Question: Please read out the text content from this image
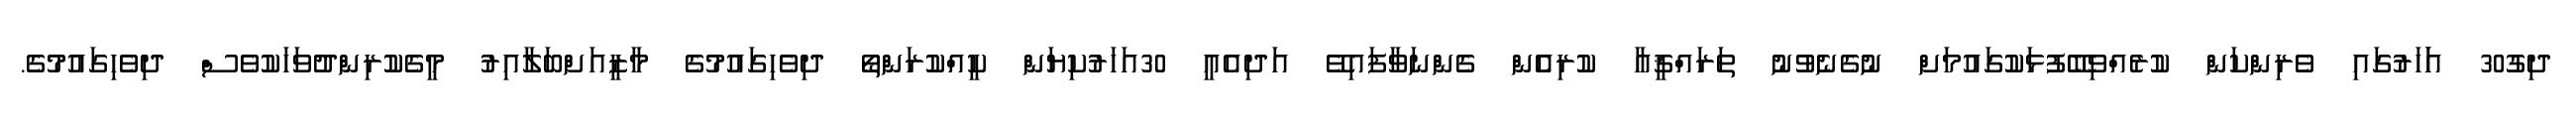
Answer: ދިގު30 އަަހަރުގައި ވެރިންކަން ކުރެއްވިބޭފުޅަކުގައުމަށް ނުގެނެވުނު ތަރައްޤީއާ ކުރިއެެން ގެންނަވާފައިވޭ އަދިއެއީ 30އަހަރުކިޔަން ކީއްކުރަންތޯ ދިވެހިގައުމުގެ މާޒީއަށްބަލާއިރު މީގެކުރިންދުވަހަކުވެސް ދިވެހިގައުމުގެ.